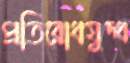
প্রতিরোধযুদ্ধ